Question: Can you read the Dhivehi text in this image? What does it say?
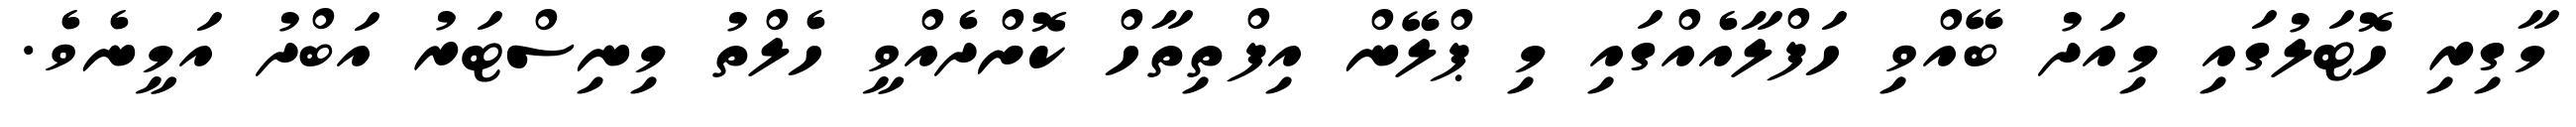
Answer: މާގިރި ހޮޓަލުގައި މިއަދު ބޭއްވި ހަފްލާއެއްގައި މި ޕްލޭން އިފްތިތާހް ކޮށްދެއްވީ ހެލްތު މިނިސްޓަރު އަބްދު އަމީނެވެ.